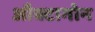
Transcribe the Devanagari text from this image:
औक्टागोन